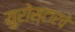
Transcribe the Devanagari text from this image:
युरोस्टारचे